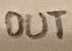
Text: OUT